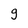
Character: 9